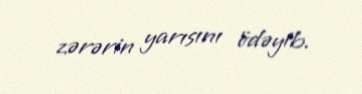
zərərin yarısını ödəyib.